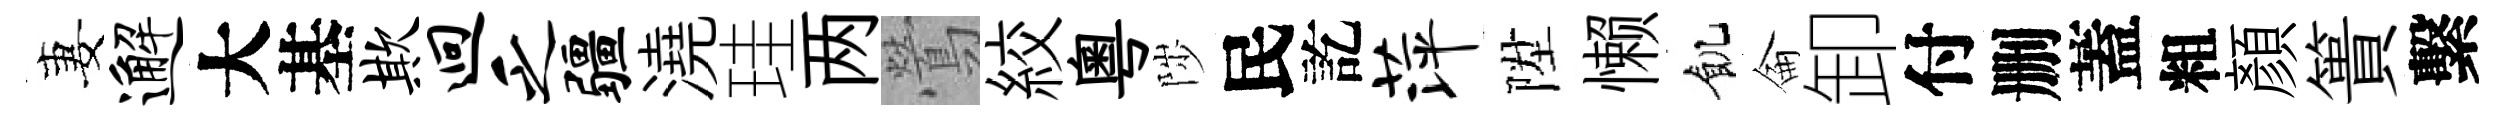
妻邂大基欺迥乏疆澆珪两鶯絞粵陟民訖萍陞懒飢侖卸付删蓋粗顏簣繫